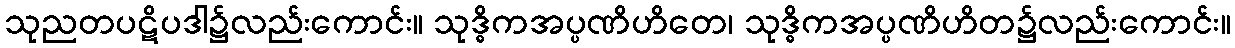
သုညတပဋိပဒါ၌လည်းကောင်း။ သုဒ္ဓိကအပ္ပဏိဟိတေ၊ သုဒ္ဓိကအပ္ပဏိဟိတ၌လည်းကောင်း။